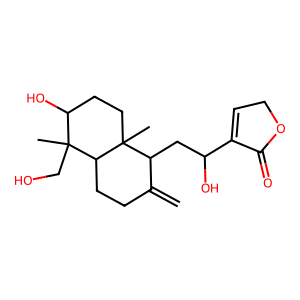
SMILES: C=C1CCC2C(C)(CO)C(O)CCC2(C)C1CC(O)C1=CCOC1=O
Inhibits HIV replication: No